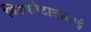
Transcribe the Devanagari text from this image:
विस्फोटानंतरचे